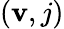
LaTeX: (\mathbf{v},j)